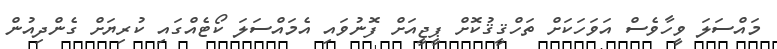
މައްސަލަ ވީހާވެސް އަވަހަކަށް ތަހްޤީޤުކޮށް ޕީޖީއަށް ފޮނުވައި އެމައްސަލަ ކޯޓެއްގައި ކުރިޔަށް ގެންދިއުން